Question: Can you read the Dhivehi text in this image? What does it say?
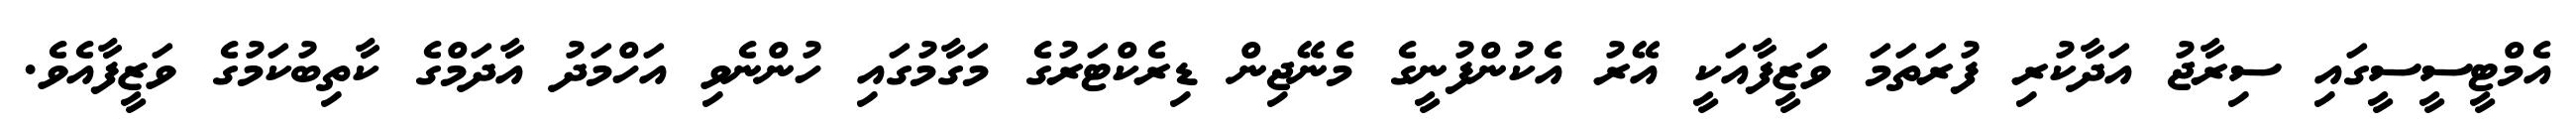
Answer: އެމްޓީސީސީގައި ސިރާޖު އަދާކުރި ފުރަތަމަ ވަޒީފާއަކީ އޭރު އެކުންފުނީގެ މެނޭޖިން ޑިރެކްޓަރުގެ މަގާމުގައި ހުންނެވި އަހްމަދު އާދަމްގެ ކާތިބުކަމުގެ ވަޒީފާއެވެ.